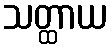
သတ္ထာယ